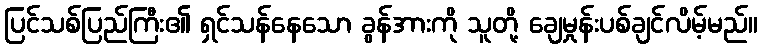
ပြင်သစ်ပြည်ကြီး၏ ရှင်သန်နေသော ခွန်အားကို သူတို့ ချေမှုန်းပစ်ချင်လိမ့်မည်။